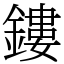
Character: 鏤